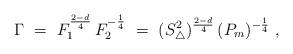
LaTeX: \begin{align*} \Gamma \ = \ F_1^{\frac{2-d}{4}}\,F_2^{-\frac{1}{4}}\ =\ (S^2_{\triangle})^{\frac{2-d}{4}}\,(P_m)^{-\frac{1}{4}} \ ,\end{align*}